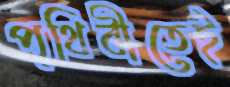
পৃথিবীতেই